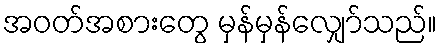
အဝတ်အစားတွေ မှန်မှန်လျှော်သည်။